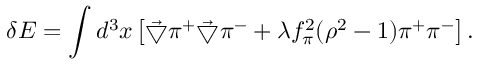
\delta E = \int d ^ { 3 } x \left[ \vec { \bigtriangledown } \pi ^ { + } \vec { \bigtriangledown } \pi ^ { - } + \lambda f _ { \pi } ^ { 2 } ( \rho ^ { 2 } - 1 ) \pi ^ { + } \pi ^ { - } \right] .